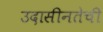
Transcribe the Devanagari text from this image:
उदासीनतेची